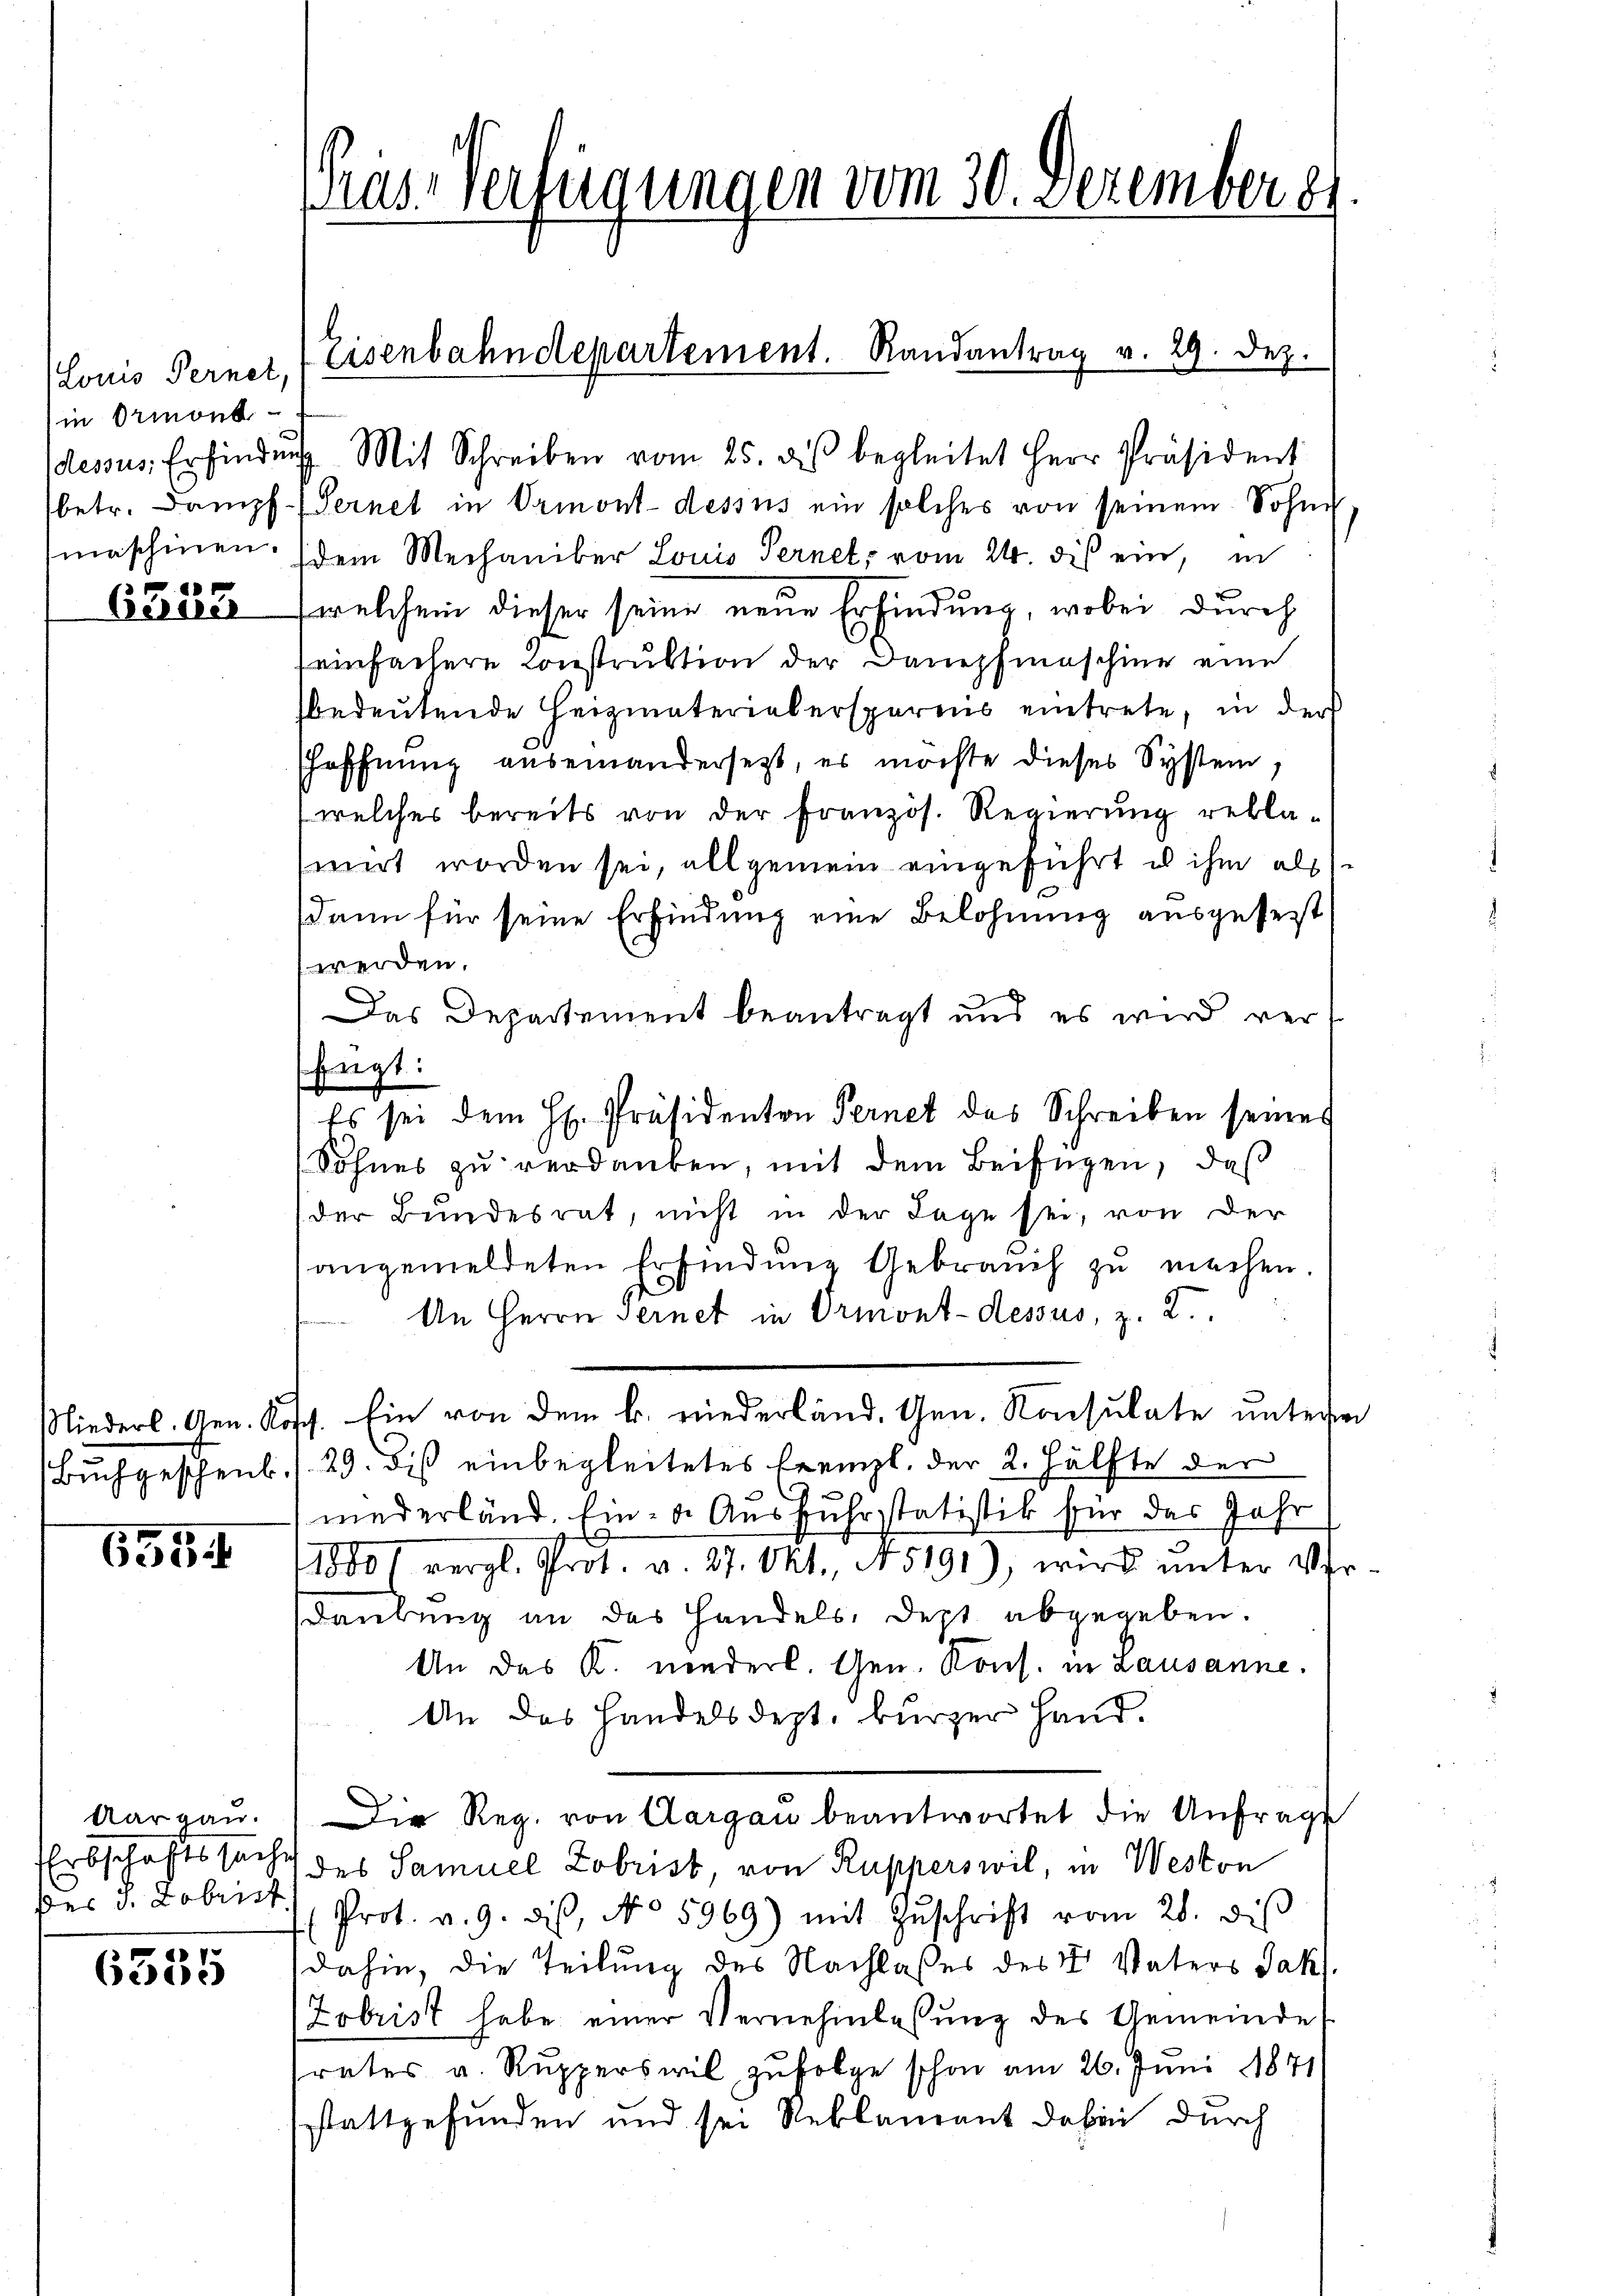
Louis Pernet,
in Ormont
olessus, Erfindung
A

Gerber

Niederl. Gen. Kot
Buch geschenk.

635.

Aargau.
Erbschaftssache
des v. Kobrist

e
6305

Prase verfügungen vom 30. Dezember es.

b
Eisenbahndepartement. Randantrag v. 29. Dez.

Mit Schreiben vom 25. des begleitet Herr Präsident
betr. Dampf (Pernet in Ormont-dessus ein solches von seinem Sohne
maschinen (dem Mechaniker Louis Ternet, vom 24. des ein, in
welchem dieser seine neue Erfindung, wobei durch
einfachere Construktion der Danepfmaschine eine
bedeutende Heizmateriebersparens eintrete, in der
Hoffnung auseinandersetzt, es möchte dieses System,
welches bereits von der Französ. Regierung rekla-
mirt worden sei, allgemein eingeführt es ihm als
dann für seine Erfindung eine Belohnung ausgeferst
werden.
Das Departement beantragt und es wird verfügt:
Es sei dem H. Präsidenten Fernet das Schreiben seines
Sohnes zu verdanken, mit dem Beifügen, daß
der Bundesrat, nicht in der Tage sei, von der
angemeldeten Erfindung Gebrauch zu machen
An Herrn Fernet in Ormont-dessus, z. Z.
Ein von dem k. niederländ. Gen. Konsulate untere
.
29. dis einbegleitetes Freizl. der 2. Hälfte der
niederländ. Ein- u. Ausfuhrstatistik für das Jahr
1000 f vergl. Prot. v. 27. Okt., N. 5191), wird ŭnter Ver
dankung an das Handels, dest abgegeben.
An das K. niederl. Gen. Kons. in Lausanne.
An das Handelsdept, kurzer Hand.
Die Reg. von Aargau beantwortet die Anfrage
des Samuel Zobrist, von Rupperswil, in Weston
Prot. v. 9. diβ, No 5969) mit Zŭschrift vom 28. diβ
dahin, die Teilung des Nachlaßes des V Vaters Jak
Zobrist habe einer Vernehmlassung des Gemeinde
rates v. Rupperswil zufolge schon am 26. Juni 1871
stattgefunden und sei Reklamant dabei durch